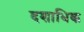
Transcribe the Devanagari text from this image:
दशाधिक